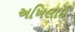
અખિલાઈ